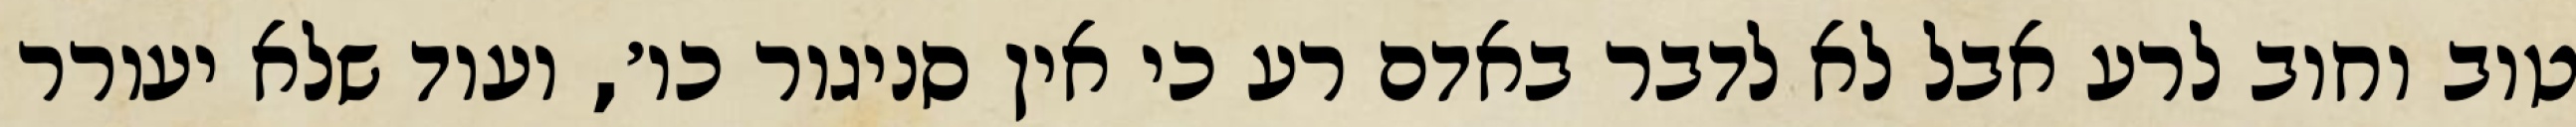
טוב וחוב לרע אבל לא לדבר באדם רע כי אין סניגור כו׳, ועוד שלא יעורר